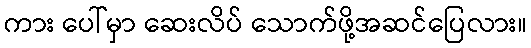
ကား ပေါ်မှာ ဆေးလိပ် သောက်ဖို့အဆင်ပြေလား။